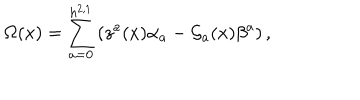
\Omega ( x ) = \sum _ { a = 0 } ^ { h ^ { 2 , 1 } } \left( z ^ { a } ( x ) \alpha _ { a } - { \cal G } _ { a } ( x ) \beta ^ { a } \right) ,